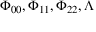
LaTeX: \Phi _ { 0 0 } , \Phi _ { 1 1 } , \Phi _ { 2 2 } , \Lambda